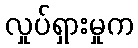
လှုပ်ရှားမှုက